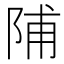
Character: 陠